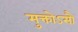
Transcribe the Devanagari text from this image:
मुक्तोऽसौ